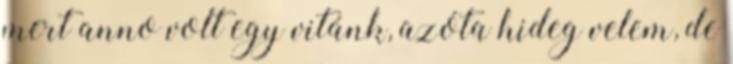
mert anno volt egy vitánk, azóta hideg velem, de